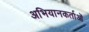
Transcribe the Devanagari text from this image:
अभियानकर्ताओं